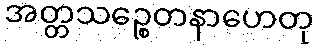
အတ္တသဉ္စေတနာဟေတု